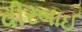
વીરબાઈ